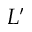
L ^ { \prime }